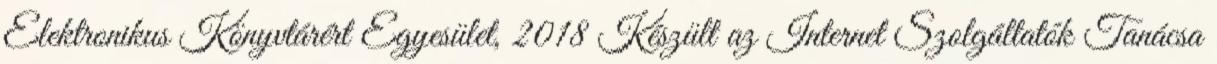
Elektronikus Könyvtárért Egyesület, 2018 Készült az Internet Szolgáltatók Tanácsa